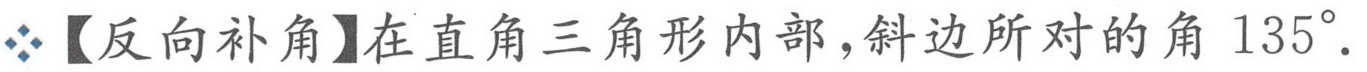
\diamondsuit【反向补角】在直角三角形内部，斜边所对的角 \(135^{\circ}\).